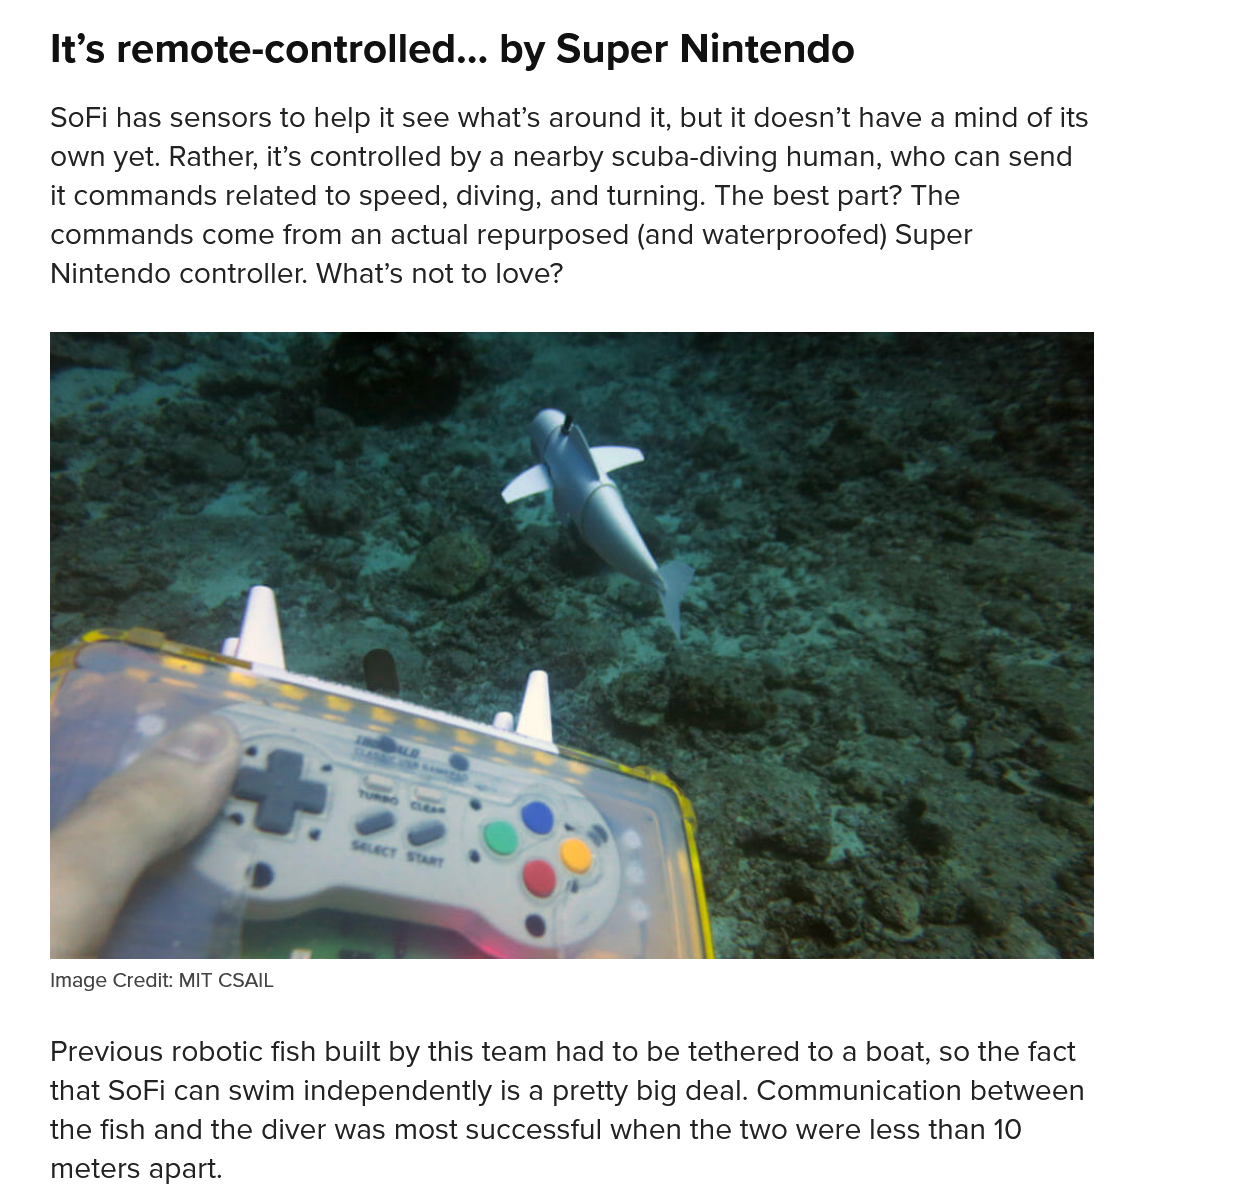
It’s remote-controlled...    by Super    Nintendo
    SoFi has sensors to help it see what’s around it, but it doesn’t have a mind of its
    own yet. Rather, it’s controlled by a nearby scuba-diving human, who can send
    it commands related to speed, diving, and turning. The best part? The
    commands come from an actual repurposed (and waterproofed) Super
    Nintendo controller. What’s not to love?
    Image Credit: MIT CSAIL
    Previous robotic fish built by this team had to be tethered to a boat, so the fact
    that SoFi can swim independently is a pretty big deal. Communication between
    the fish and the diver was most successful when the two were less than 10
    meters apart.